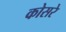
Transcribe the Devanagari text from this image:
कोसरे